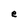
Character: e